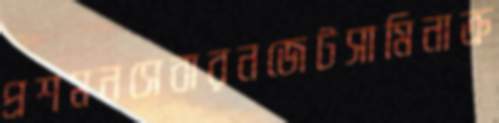
প্রশমনসেবারনজেটসামিনাক্র